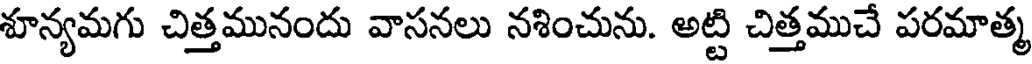
శూన్యమగు చిత్తమునందు వాసనలు నశించును. అట్టి చిత్తముచే పరమాత్మ